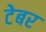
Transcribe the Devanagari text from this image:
टेबर